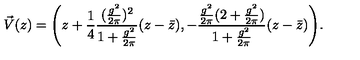
\vec { V } ( z ) = \Biggl ( z + { \frac { 1 } { 4 } } { \frac { ( { \frac { g ^ { 2 } } { 2 \pi } } ) ^ { 2 } } { 1 + { \frac { g ^ { 2 } } { 2 \pi } } } } ( z - \bar { z } ) , - { \frac { { \frac { g ^ { 2 } } { 2 \pi } } ( 2 + { \frac { g ^ { 2 } } { 2 \pi } } ) } { 1 + { \frac { g ^ { 2 } } { 2 \pi } } } } ( z - \bar { z } ) \Biggr ) .